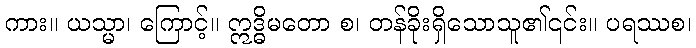
ကား။ ယသ္မာ၊ ကြောင့်။ ဣဒ္ဓိမတော စ၊ တန်ခိုးရှိသောသူ၏၎င်း။ ပရဿစ၊